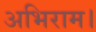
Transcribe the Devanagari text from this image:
अभिराम।